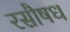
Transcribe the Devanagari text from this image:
रसौषध